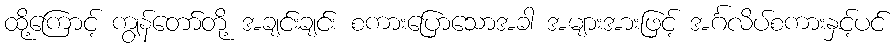
ထို့ကြောင့် ကျွန်တော်တို့ အချင်းချင်း စကားပြောသောအခါ အများအားဖြင့် အင်္ဂလိပ်စကားနှင့်ပင်